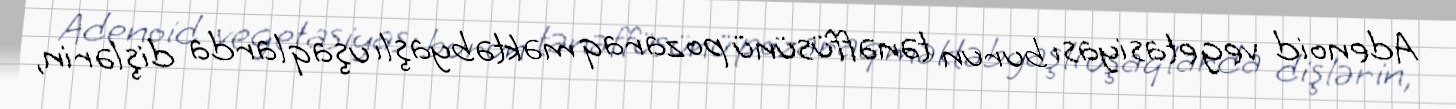
Adenoid vegetasiyası burun tənəffüsünü pozaraq məktəbyaşlı uşaqlarda dişlərin,